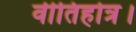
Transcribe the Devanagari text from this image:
वीतिहोत्र।